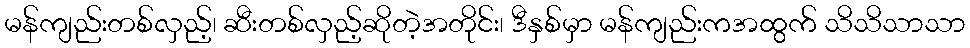
မန်ကျည်းတစ်လှည့်၊ ဆီးတစ်လှည့်ဆိုတဲ့အတိုင်း၊ ဒီနှစ်မှာ မန်ကျည်းကအထွက် သိသိသာသာ